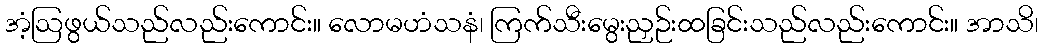
အံ့ဩဖွယ်သည်လည်းကောင်း။ လောမဟံသနံ၊ ကြက်သီးမွေးညှဉ်းထခြင်းသည်လည်းကောင်း။ အာသိ၊